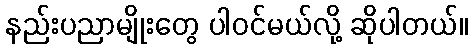
နည်းပညာမျိုးတွေ ပါဝင်မယ်လို့ ဆိုပါတယ်။